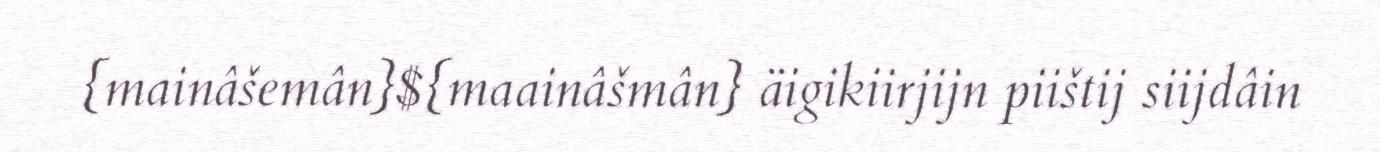
{mainâšemân}${maainâšmân} äigikiirjijn piištij siijdâin